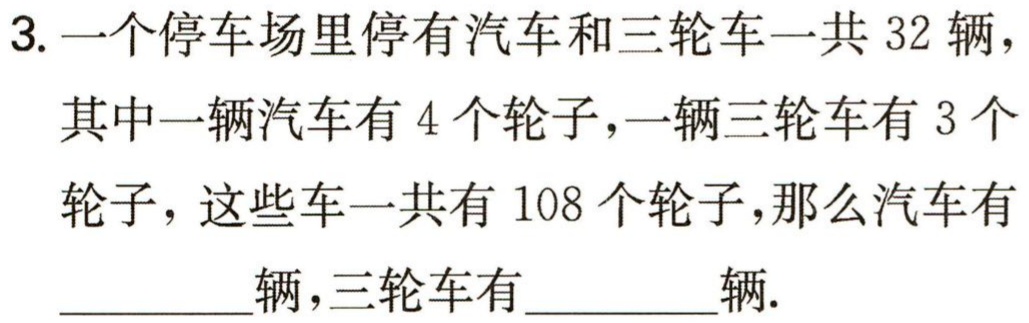
3. 一个停车场里停有汽车和三轮车一共 32 辆，
其中一辆汽车有 4 个轮子，一辆三轮车有 3 个
轮子，这些车一共有 108 个轮子，那么汽车有
_________辆，三轮车有_________辆.